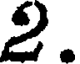
2.